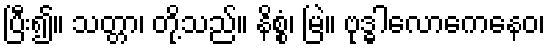
ပြီး၍။ သတ္တာ၊ တို့သည်။ နိစ္စံ၊ မြဲ။ ဗုဒ္ဓါလောကေနေဝ၊